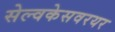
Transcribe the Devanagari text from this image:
सेल्वकेसवरयर